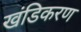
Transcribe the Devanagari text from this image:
खंडिकरण